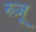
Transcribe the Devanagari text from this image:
रुज़ू